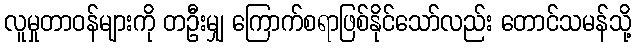
လူမှုတာဝန်များကို တဦးမျှ ကြောက်စရာဖြစ်နိုင်သော်လည်း တောင်သမန်သို့